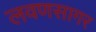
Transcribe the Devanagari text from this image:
लवणसागर